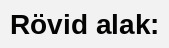
Rövid alak: